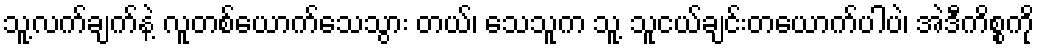
သူ့လက်ချက်နဲ့ လူတစ်ယောက်သေသွား တယ်၊ သေသူက သူ့ သူငယ်ချင်းတယောက်ပါပဲ၊ အဲဒီကိစ္စကို